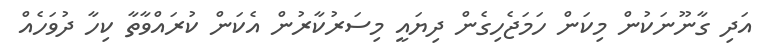
އަދި ގާނޫނަކުން މިކަން ހަމަޖެހިގެން ދިޔައީ މިސަރުކާރުން އެކަން ކުރައްވާތާ ކިހާ ދުވަހެއް